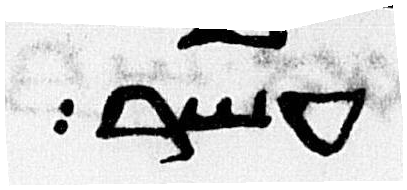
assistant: עשר